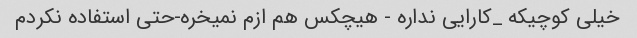
خیلی کوچیکه _کارایی نداره - هیچکس هم ازم نمیخره-حتی استفاده نکردم